Document type: Sale
Year: 1235
Scribe: Pere de Bages
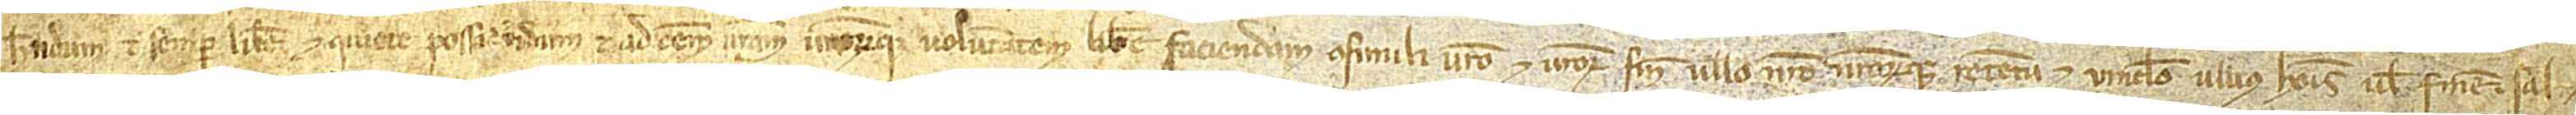
habendum et semper libere et quiete possidendum et ad omnem vestram vestrorumque voluntatem libere faciendam consimili vestro et vestrorum, sine ullo nostro nostrorumque retentu et vinculo ullius hominis vel finem, et sal-